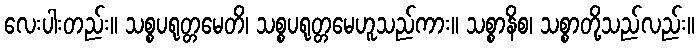
လေးပါးတည်း။ သစ္စပရုတ္တမေတိ၊ သစ္စပရုတ္တမေဟူသည်ကား။ သစ္စာနိစ၊ သစ္စာတို့သည်လည်း။